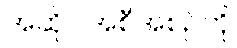
အဆိုပါအစီအစဉ်ကို